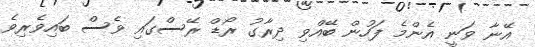
އޭނާ ވަނީ އެންމެ ފަހުން ބޭއްވި ދިރާގު ރޯޑް ރޭސްގައި ވެސް ބައިވެރިވެ